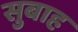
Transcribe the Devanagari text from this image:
सुबाह